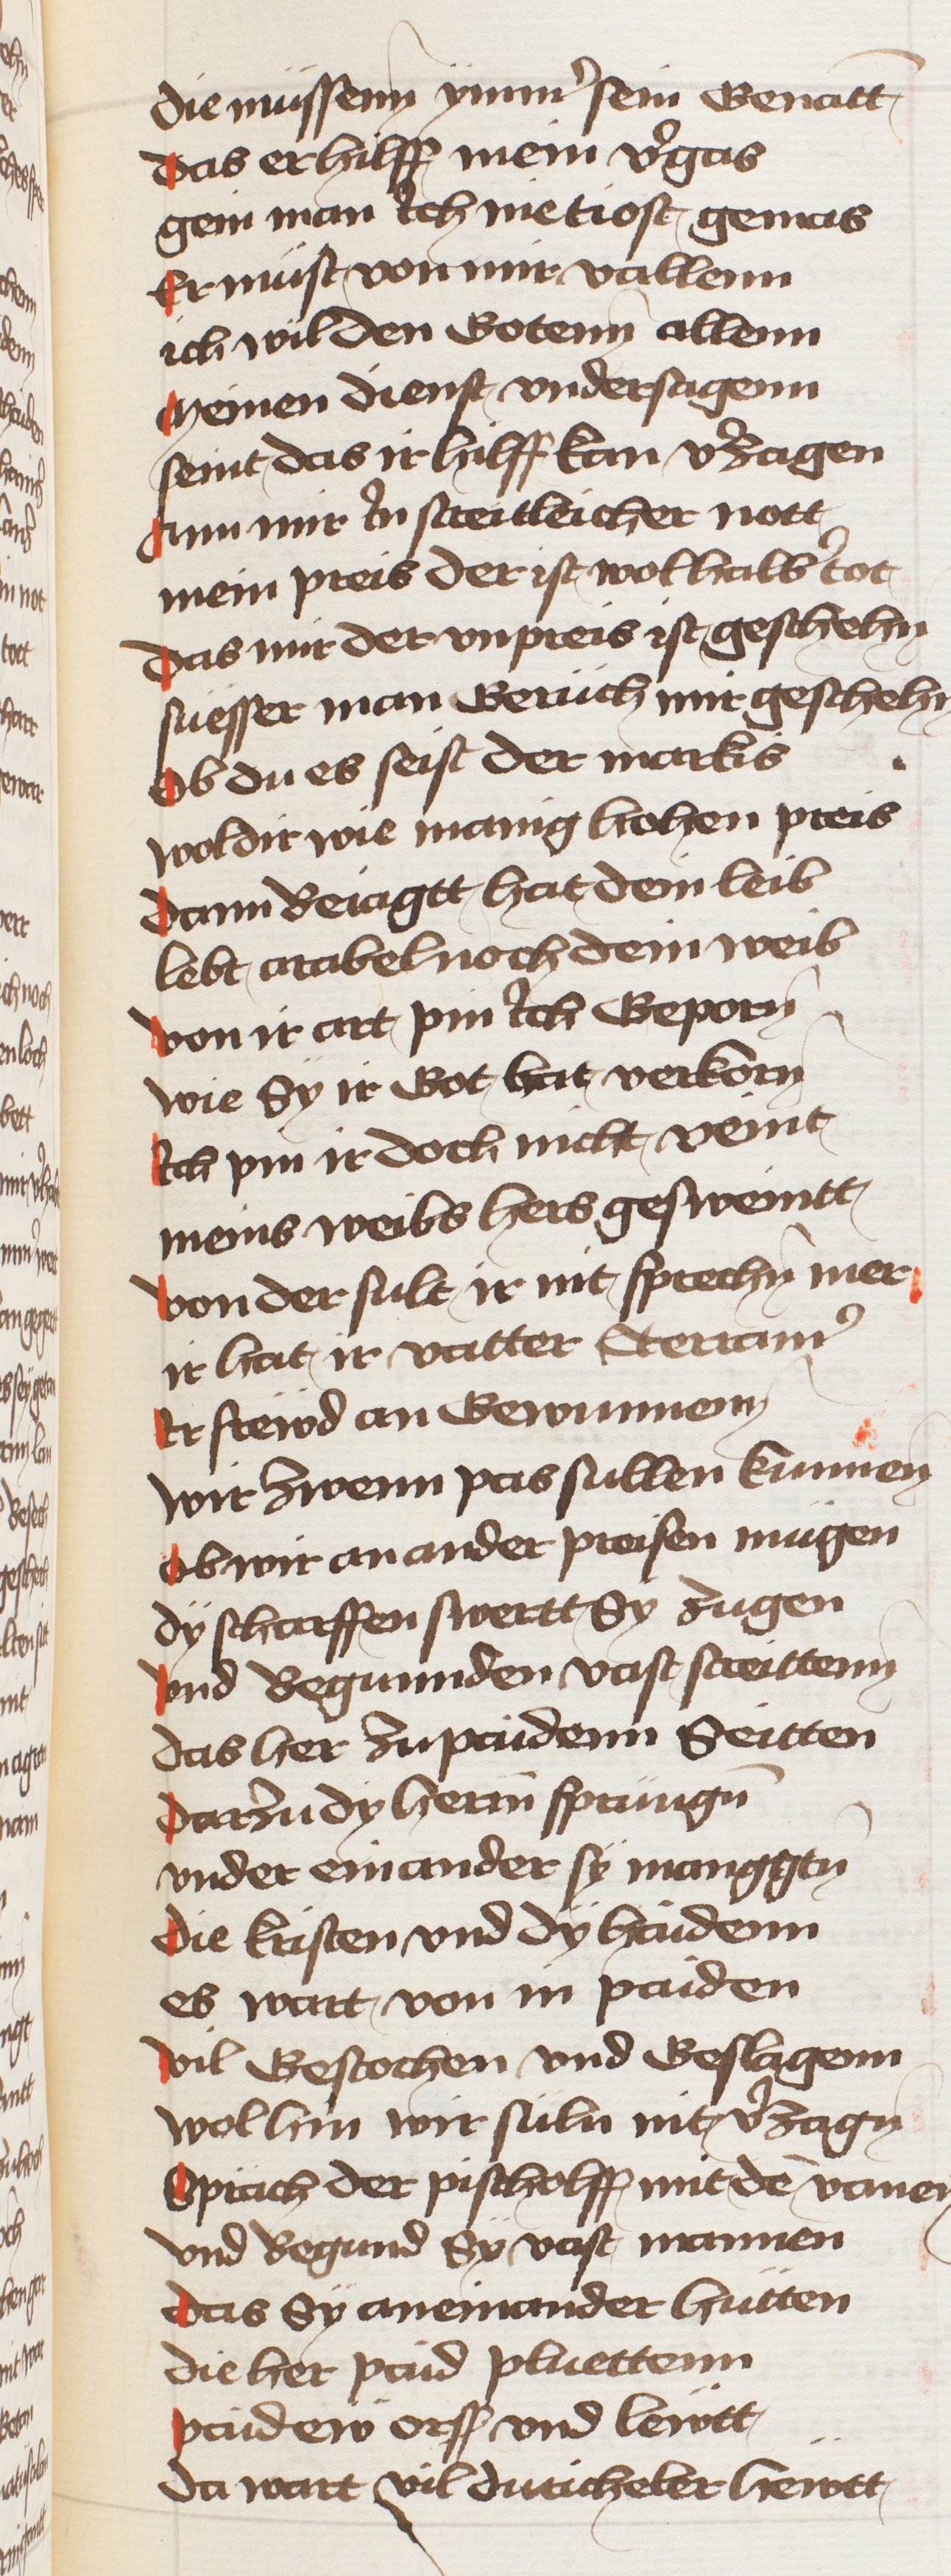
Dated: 1433–1466